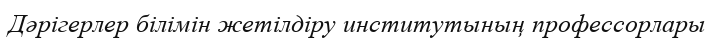
Дәрігерлер білімін жетілдіру институтының профессорлары